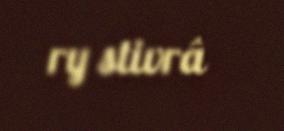
ry stivrâ